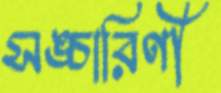
সঙ্চারিণী